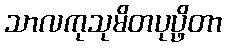
သာလကုသုမိတပုပ္ဖိတာ